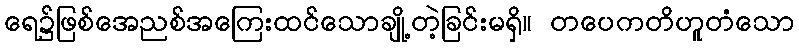
ရေ၌ဖြစ်အေညစ်အကြေးထင်သောချို့တဲ့ခြင်းမရှိ။ တပေကတိဟူတံသော